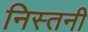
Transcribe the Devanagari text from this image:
निस्तनी